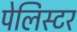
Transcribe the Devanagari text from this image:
पेलिस्टर